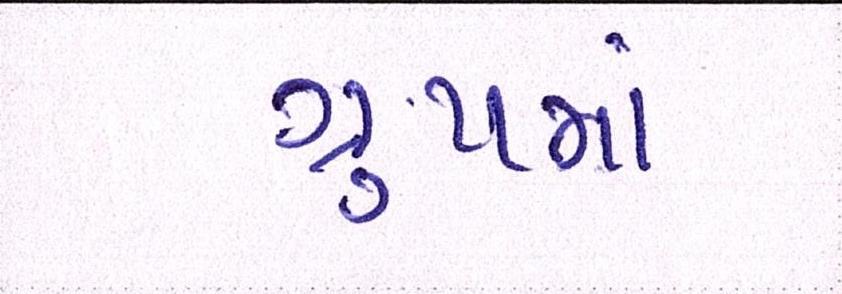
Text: ગુ્રપમાં